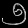
Digit: ၅